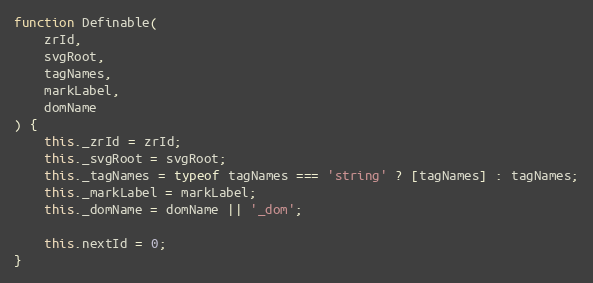
Language: JavaScript
function Definable(
    zrId,
    svgRoot,
    tagNames,
    markLabel,
    domName
) {
    this._zrId = zrId;
    this._svgRoot = svgRoot;
    this._tagNames = typeof tagNames === 'string' ? [tagNames] : tagNames;
    this._markLabel = markLabel;
    this._domName = domName || '_dom';

    this.nextId = 0;
}